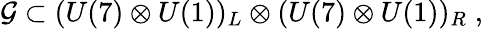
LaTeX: {\cal{G}}\subset(U(7)\otimes U(1))_{L}\otimes(U(7)\otimes U(1))_{R}\; ,